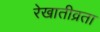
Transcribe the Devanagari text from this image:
रेखातीव्रता